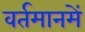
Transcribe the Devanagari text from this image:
वर्तमानमें